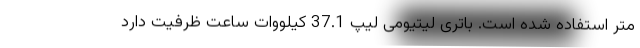
متر استفاده شده است. باتری لیتیومی لیپ 37.1 کیلووات ساعت ظرفیت دارد